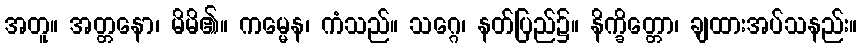
အတူ။ အတ္တနော၊ မိမိ၏။ ကမ္မေန၊ ကံသည်။ သဂ္ဂေ၊ နတ်ပြည်၌။ နိက္ခိတ္တော၊ ချထားအပ်သနည်း။